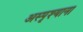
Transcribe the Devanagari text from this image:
अस्पृश्याना